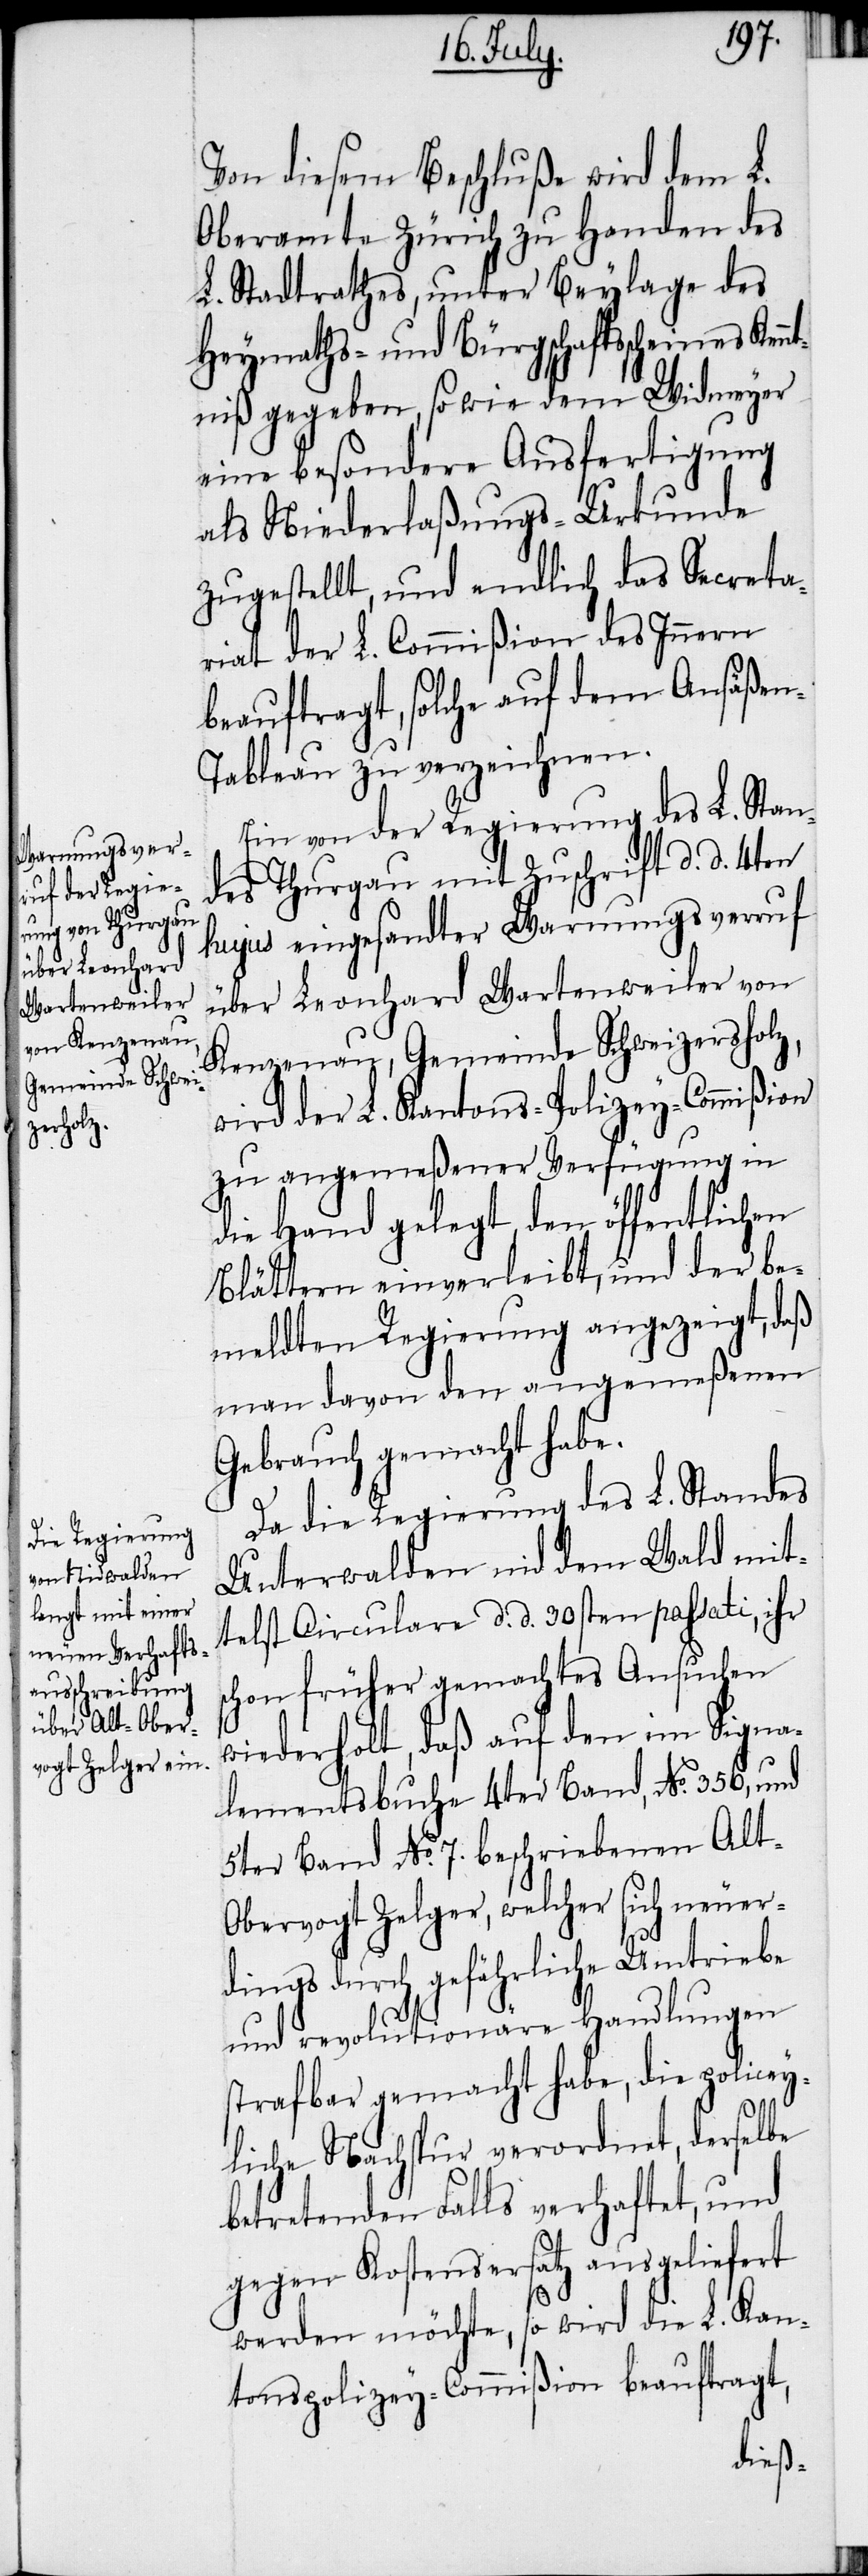
Von diesem Beschluße wird dem L.
Oberamte Zürich zu Handen des
L. Stadtrathes, unter Beylage des
Heymaths- und Bürgschaftsscheines Kenn¬
tniß gegeben, so wie dem Widmeyer
eine besondere Ausfertigung
als Niederlaßungs-Urkunde
zugestellt, und endlich das Secreta¬
riat der L. Commißion des Innern
beauftragt, solche auf dem Ansäße¬
n-Tableau zu verzeichnen.
Ein von der Regierung des L. Stan¬
des Thurgau mit Zuschrift d. d. 4ten
hujus eingesandter Warnungsverruf
über Leonhard Wartenweiler von
Kenzenau, Gemeinde Schweizersholz,
wird der L. Kantons-Polizey-Commißion
zu angemeßener Verfügung in
die Hand gelegt, den öffentlichen
Blättern einverleibt, und der be¬
meldten Regierung angezeigt, daß
man davon den angemeßenen
Gebrauch gemacht habe.
Da die Regierung des L. Standes
Unterwalden nid dem Wald mit¬
telst Circulare d. d. 30sten passati, ihr
schon früher gemachtes Ansuchen
wiederholt, daß auf den im Signa¬
lementsbuche 4ter Band, No. 356, und
5ter Band No. 7. beschriebenen Alt-O¬
bervogt Zelger, welcher sich neuer¬
dings durch gefährliche Umtriebe
und revolutionäre Handlungen
strafbar gemacht habe, die policey¬
liche Nachspur verordnet, derselbe
betretenden Falls verhaftet, und
gegen Kostensersatz ausgeliefert
werden möchte, so wird die L. Kan¬
tonspolizey-Commißion beauftragt,